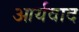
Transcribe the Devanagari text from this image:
आर्यवाद